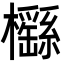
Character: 櫾